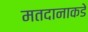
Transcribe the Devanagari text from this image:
मतदानाकडे